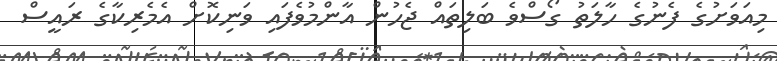
މިއަވަށުގެ ފެނުގެ ހާލަތު ގޯސްވެ ބަލިތައް ޖެހުން އާންމުވެފައި ވަނިކޮށް އެމެރިކާގެ ރައީސް